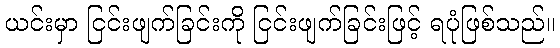
ယင်းမှာ ငြင်းဖျက်ခြင်းကို ငြင်းဖျက်ခြင်းဖြင့် ရပုံဖြစ်သည်။